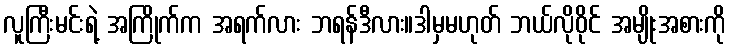
လူကြီးမင်းရဲ့ အကြိုက်က အရက်လား ဘရန်ဒီလား။ဒါမှမဟုတ် ဘယ်လိုဝိုင် အမျိုးအစားကို